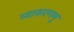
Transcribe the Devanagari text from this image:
व्याकरणमु